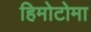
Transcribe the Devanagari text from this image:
हिमोटोमा